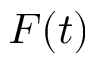
F ( t )